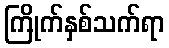
ကြိုက်နှစ်သက်ရာ